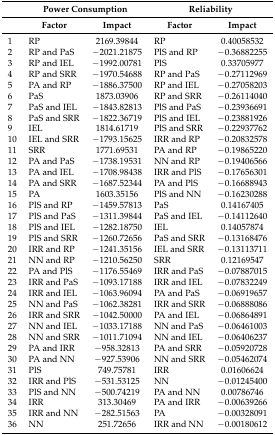
<table><thead><tr><td></td><td colspan="2"><b>Power Consumption</b></td><td colspan="2"><b>Reliability</b></td></tr><tr><td></td><td><b>Factor</b></td><td><b>Impact</b></td><td><b>Factor</b></td><td><b>Impact</b></td></tr></thead><tbody><tr><td>1</td><td>RP</td><td>2169.39844</td><td>RP</td><td>0.40058532</td></tr><tr><td>2</td><td>RP and PaS</td><td>−2021.21875</td><td>PlS and RP</td><td>−0.36882255</td></tr><tr><td>3</td><td>RP and IEL</td><td>−1992.00781</td><td>PlS</td><td>0.33705977</td></tr><tr><td>4</td><td>RP and SRR</td><td>−1970.54688</td><td>RP and PaS</td><td>−0.27112969</td></tr><tr><td>5</td><td>PA and RP</td><td>−1886.37500</td><td>RP and IEL</td><td>−0.27058203</td></tr><tr><td>6</td><td>PaS</td><td>1873.03906</td><td>RP and SRR</td><td>−0.26114040</td></tr><tr><td>7</td><td>PaS and IEL</td><td>−1843.82813</td><td>PlS and PaS</td><td>−0.23936691</td></tr><tr><td>8</td><td>PaS and SRR</td><td>−1822.36719</td><td>PlS and IEL</td><td>−0.23881926</td></tr><tr><td>9</td><td>IEL</td><td>1814.61719</td><td>PlS and SRR</td><td>−0.22937762</td></tr><tr><td>10</td><td>IEL and SRR</td><td>−1793.15625</td><td>IRR and RP</td><td>−0.20832578</td></tr><tr><td>11</td><td>SRR</td><td>1771.69531</td><td>PA and RP</td><td>−0.19865220</td></tr><tr><td>12</td><td>PA and PaS</td><td>−1738.19531</td><td>NN and RP</td><td>−0.19406566</td></tr><tr><td>13</td><td>PA and IEL</td><td>−1708.98438</td><td>IRR and PlS</td><td>−0.17656301</td></tr><tr><td>14</td><td>PA and SRR</td><td>−1687.52344</td><td>PA and PlS</td><td>−0.16688943</td></tr><tr><td>15</td><td>PA</td><td>1603.35156</td><td>PlS and NN</td><td>−0.16230288</td></tr><tr><td>16</td><td>PlS and RP</td><td>−1459.57813</td><td>PaS</td><td>0.14167405</td></tr><tr><td>17</td><td>PlS and PaS</td><td>−1311.39844</td><td>PaS and IEL</td><td>−0.14112640</td></tr><tr><td>18</td><td>PlS and IEL</td><td>−1282.18750</td><td>IEL</td><td>0.14057874</td></tr><tr><td>19</td><td>PlS and SRR</td><td>−1260.72656</td><td>PaS and SRR</td><td>−0.13168476</td></tr><tr><td>20</td><td>IRR and RP</td><td>−1241.35156</td><td>IEL and SRR</td><td>−0.13113711</td></tr><tr><td>21</td><td>NN and RP</td><td>−1210.56250</td><td>SRR</td><td>0.12169547</td></tr><tr><td>22</td><td>PA and PlS</td><td>−1176.55469</td><td>IRR and PaS</td><td>−0.07887015</td></tr><tr><td>23</td><td>IRR and PaS</td><td>−1093.17188</td><td>IRR and IEL</td><td>−0.07832249</td></tr><tr><td>24</td><td>IRR and IEL</td><td>−1063.96094</td><td>PA and PaS</td><td>−0.06919657</td></tr><tr><td>25</td><td>NN and PaS</td><td>−1062.38281</td><td>IRR and SRR</td><td>−0.06888086</td></tr><tr><td>26</td><td>IRR and SRR</td><td>−1042.50000</td><td>PA and IEL</td><td>−0.06864891</td></tr><tr><td>27</td><td>NN and IEL</td><td>−1033.17188</td><td>NN and PaS</td><td>−0.06461003</td></tr><tr><td>28</td><td>NN and SRR</td><td>−1011.71094</td><td>NN and IEL</td><td>−0.06406237</td></tr><tr><td>29</td><td>PA and IRR</td><td>−958.32813</td><td>PA and SRR</td><td>−0.05920728</td></tr><tr><td>30</td><td>PA and NN</td><td>−927.53906</td><td>NN and SRR</td><td>−0.05462074</td></tr><tr><td>31</td><td>PlS</td><td>749.75781</td><td>IRR</td><td>0.01606624</td></tr><tr><td>32</td><td>IRR and PlS</td><td>−531.53125</td><td>NN</td><td>−0.01245400</td></tr><tr><td>33</td><td>PlS and NN</td><td>−500.74219</td><td>PA and NN</td><td>0.00786746</td></tr><tr><td>34</td><td>IRR</td><td>313.30469</td><td>PA and IRR</td><td>−0.00639266</td></tr><tr><td>35</td><td>IRR and NN</td><td>−282.51563</td><td>PA</td><td>−0.00328091</td></tr><tr><td>36</td><td>NN</td><td>251.72656</td><td>IRR and NN</td><td>−0.00180612</td></tr></tbody></table>